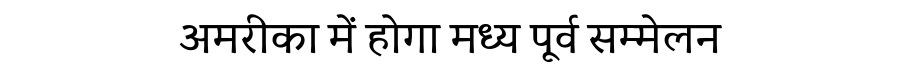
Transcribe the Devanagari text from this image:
अमरीका में होगा मध्य पूर्व सम्मेलन